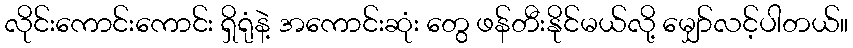
လိုင်းကောင်းကောင်း ရှိရုံနဲ့ အကောင်းဆုံး တွေ ဖန်တီးနိုင်မယ်လို့ မျှော်လင့်ပါတယ်။